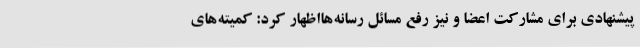
پیشنهادی برای مشارکت اعضا و نیز رفع مسائل رسانه‌هااظهار کرد: کمیته‌های